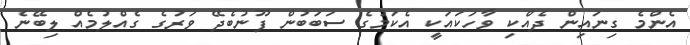
އެންމެ ގިނައިން ދެއްކި ވާހަކައަކީ އެކަމުގެ ސަބަބުން ފޫނުބެދޭ ވަރުގެ ގެއްލުމެއް ލިބޭނެ